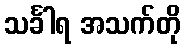
သင်္ခါရ အသက်တို